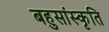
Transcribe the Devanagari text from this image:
बहुसांस्कृति